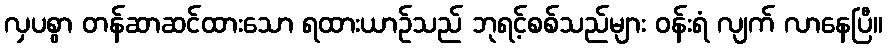
လှပစွာ တန်ဆာဆင်ထားသော ရထားယာဉ်သည် ဘုရင့်စစ်သည်များ ဝန်းရံ လျက် လာနေပြီ။